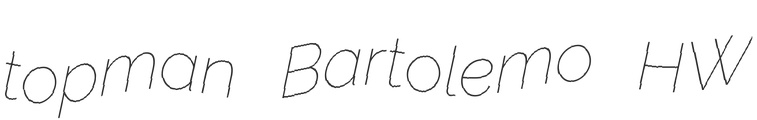
topman Bartolemo HW